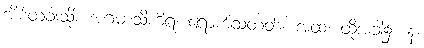
အိမ်တံခါးသို့။ အဂမာသိကိရ၊ ရောက်သတတ်။ အထ၊ ထိုအခါ၌။ နံ၊